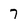
Character: 7